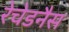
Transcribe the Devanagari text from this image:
रेचेडनैस